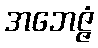
အဘေဇ္ဇံ